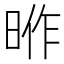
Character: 𭦎